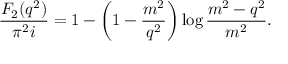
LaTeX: \frac { F _ { 2 } ( q ^ { 2 } ) } { \pi ^ { 2 } i } = 1 - \left( 1 - \frac { m ^ { 2 } } { q ^ { 2 } } \right) \log \frac { m ^ { 2 } - q ^ { 2 } } { m ^ { 2 } } .